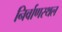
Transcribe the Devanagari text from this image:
निर्वाणस्थल